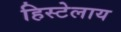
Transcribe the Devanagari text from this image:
हिस्टेलाय